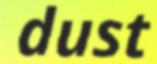
dust